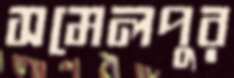
সমেলপুর